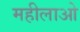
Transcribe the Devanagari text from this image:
महीलाओ